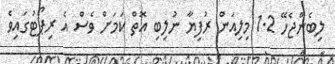
ލިބެންޖެހޭ 1.2 މިލިއަން ރުފިޔާ ނުލިބި އޮތް ކަމަށް ވެސް އެ ރިޕޯޓުގައިވެ